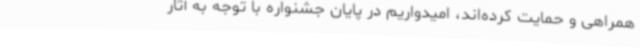
همراهی و حمایت کرده‌اند، امیدواریم در پایان جشنواره با توجه به آثار